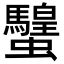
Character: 𧕸